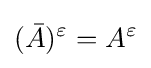
({\bar {A}})^{\varepsilon }=A^{\varepsilon }